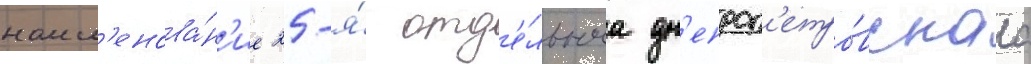
наим'енова́н'ие 25-я́ отд'е́льнаа дн'епроп'етро́вскаа